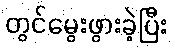
တွင်မွေးဖွားခဲ့ပြီး